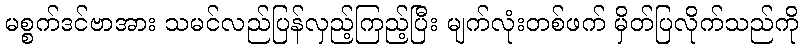
မစ္စက်ဒင်ဗာအား သမင်လည်ပြန်လှည့်ကြည့်ပြီး မျက်လုံးတစ်ဖက် မှိတ်ပြလိုက်သည်ကို